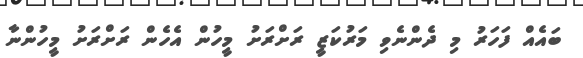
ބައެއް ފަހަރު މި ދެންނެވި މަރުކަޒީ ރަށްރަށު މީހުން އެހެން ރަށްރަށު މީހުންނާ